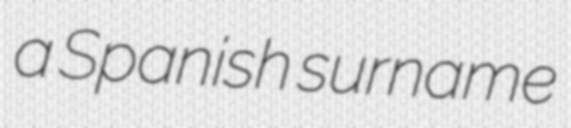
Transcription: a Spanish surname